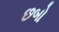
છબો